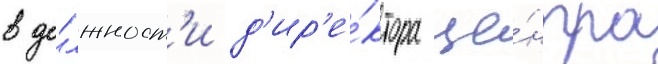
в до́лжност'и д'ир'е́ктора це́нтра